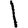
Digit: 1